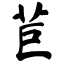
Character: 苣